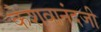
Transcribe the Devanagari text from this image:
केशवानंदजी